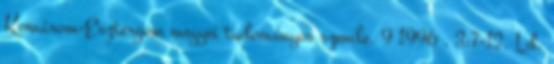
Komárom-Esztergom megyei tudományos szemle. 9 1996 . 3:7-12. Ld.